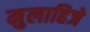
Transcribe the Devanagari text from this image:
मुलाहिजे